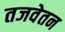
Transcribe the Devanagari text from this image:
तजवेतन